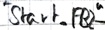
Text: "Start_FB2"